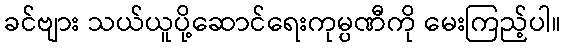
ခင်ဗျား သယ်ယူပို့ဆောင်ရေးကုမ္ပဏီကို မေးကြည့်ပါ။